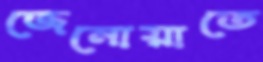
জেনোয়াতে